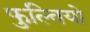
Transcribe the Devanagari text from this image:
फुल्वियो